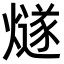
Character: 燧